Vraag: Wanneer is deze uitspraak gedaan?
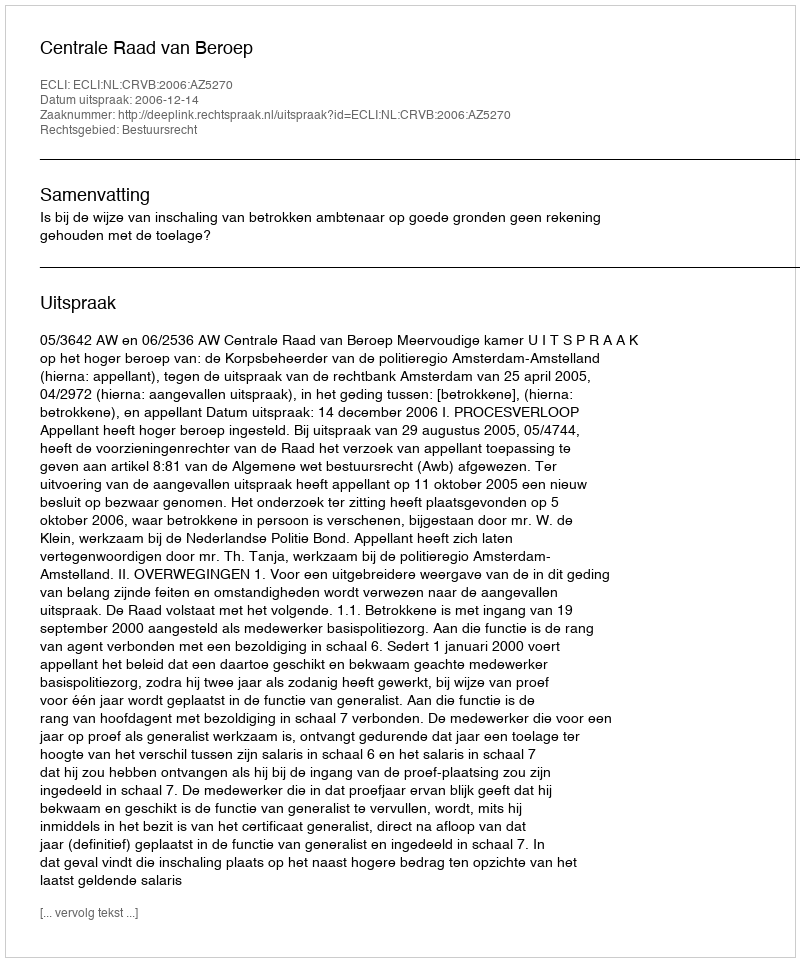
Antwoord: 2006-12-14